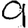
Digit: 9